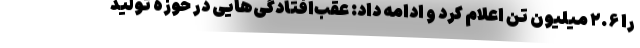
را ۲.۶ میلیون تن اعلام کرد و ادامه داد: عقب‌افتادگی‌هایی در حوزه تولید